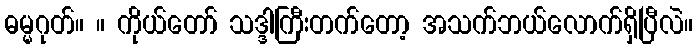
ဓမ္မဂုတ်။ ။ ကိုယ်တော် သဒ္ဒါကြီးတက်တော့ အသက်ဘယ်လောက်ရှိပြီလဲ။